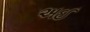
અઈ